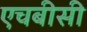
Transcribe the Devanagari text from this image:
एचबीसी